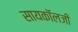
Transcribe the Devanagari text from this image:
सायकॉलजी